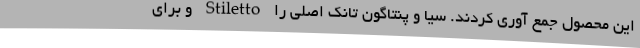
این محصول جمع آوری کردند. سیا و پنتاگون تانک اصلی را Stiletto و برای